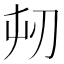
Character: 𭃔